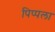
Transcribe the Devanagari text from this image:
पिप्पला